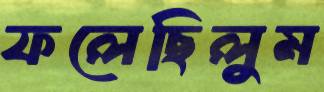
ফলেছিলুম